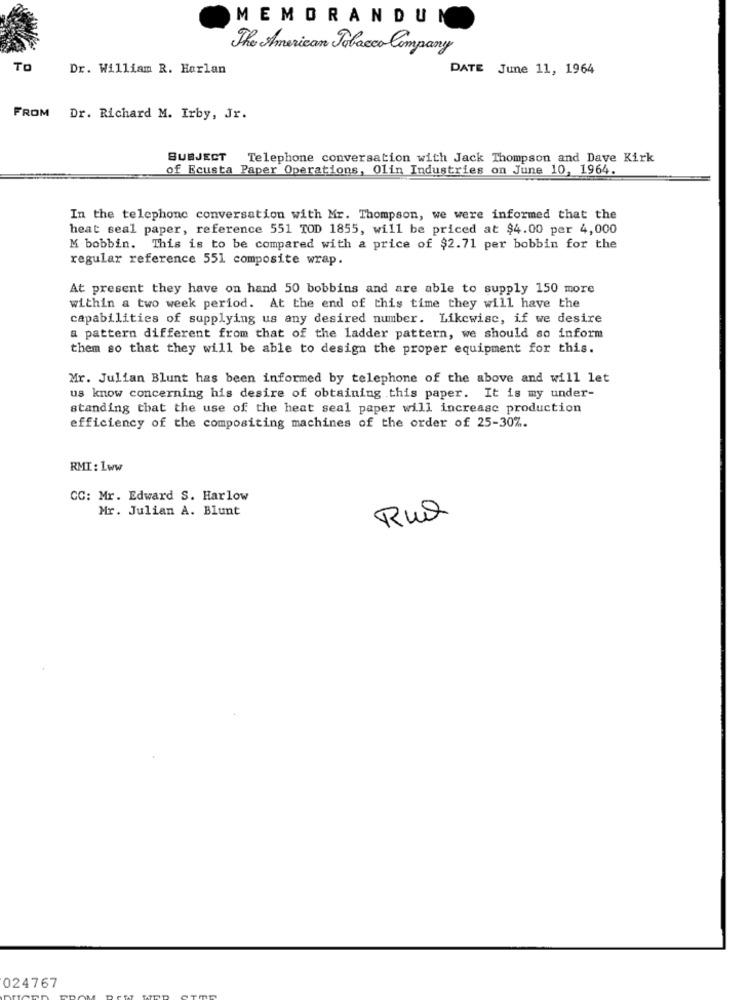
MEMORANDUM
The American Tobacco Company
TO
Dr. William R. Harlan
DATE June 11, 1964
FROM Dr. Richard M. Irby, Jr.
SUBJECT
Telephone conversation with Jack Thompson and Dave Kirk
of Ecusta Paper Operations, Olin Industries on June 10, 1964.
In the telephone conversation with Mr. Thompson, we were informed that the
heat seal paper, reference 551 TOD 1855, will be priced at $4.00 per 4,000
M bobbin. This is to be compared with a price of $2.71 per bobbin for the
regular reference 551 composite wrap.
At present they have on hand 50 bobbins and are able to supply 150 more
within a two week period. At the end of this time they will have the
capabilities of supplying us any desired number. Likewise, if we desire
a pattern different from that of the ladder pattern, we should so inform
them so that they will be able to design the proper equipment for this.
Mr. Julian Blunt has been informed by telephone of the above and will let
us know concerning his desire of obtaining this paper. It is my under-
standing that the use of the heat seal paper will increase production
efficiency of the compositing machines of the order of 25-30%.
RMI: Lww
CC: Mr. Edward S. Harlow
Mr. Julian A. Blunt
Rua
024767